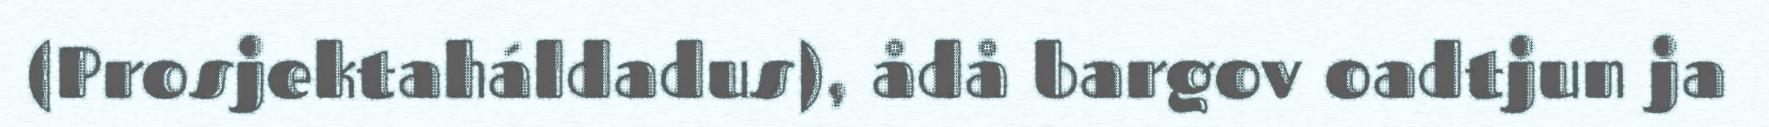
(Prosjektaháldadus), ådå bargov oadtjun ja